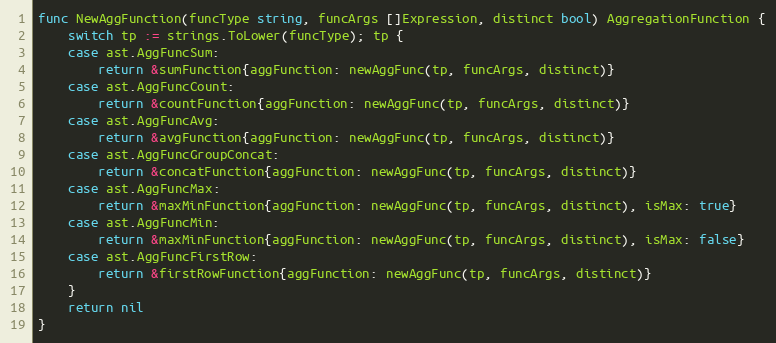
Language: Go
func NewAggFunction(funcType string, funcArgs []Expression, distinct bool) AggregationFunction {
	switch tp := strings.ToLower(funcType); tp {
	case ast.AggFuncSum:
		return &sumFunction{aggFunction: newAggFunc(tp, funcArgs, distinct)}
	case ast.AggFuncCount:
		return &countFunction{aggFunction: newAggFunc(tp, funcArgs, distinct)}
	case ast.AggFuncAvg:
		return &avgFunction{aggFunction: newAggFunc(tp, funcArgs, distinct)}
	case ast.AggFuncGroupConcat:
		return &concatFunction{aggFunction: newAggFunc(tp, funcArgs, distinct)}
	case ast.AggFuncMax:
		return &maxMinFunction{aggFunction: newAggFunc(tp, funcArgs, distinct), isMax: true}
	case ast.AggFuncMin:
		return &maxMinFunction{aggFunction: newAggFunc(tp, funcArgs, distinct), isMax: false}
	case ast.AggFuncFirstRow:
		return &firstRowFunction{aggFunction: newAggFunc(tp, funcArgs, distinct)}
	}
	return nil
}